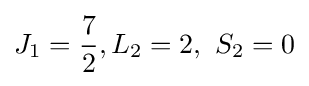
{J_{1}}={\frac {7}{2}},{L_{2}}=2,~{S_{2}}=0